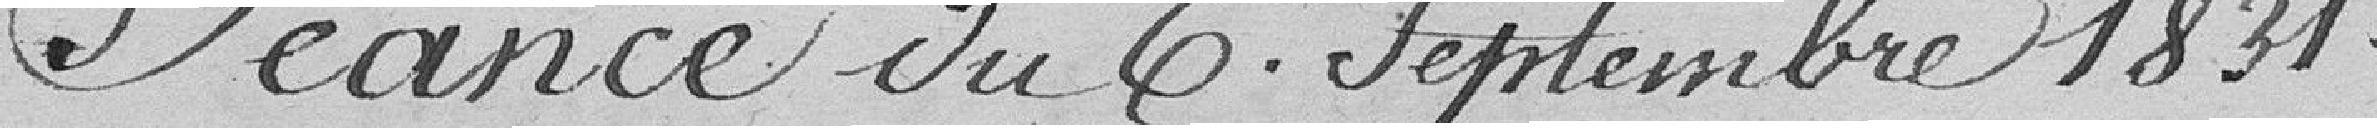
Séance du 6 septembre 1831